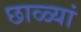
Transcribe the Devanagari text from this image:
छाळ्यां